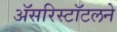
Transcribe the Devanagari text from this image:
अॅसरिस्टॉटलने